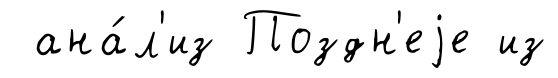
ана́л'из Поздн'еjе из